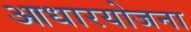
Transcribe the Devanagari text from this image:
आधारयोजना